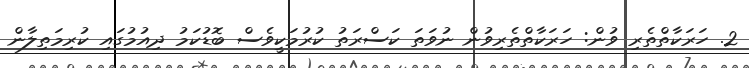
2. ހަރަކާތްތެރި ވުން: ހަރަކާތްތެރިވުން ނުވަތަ ކަސްރަތު ކުރުމަކީވެސް ބޮޑުކަމު ދިއުމުގައި ކުރިމަތިލާން